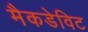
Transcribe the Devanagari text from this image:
मैकडेविट